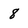
Character: 8